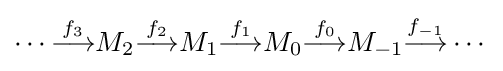
\cdots {\overset {f_{3}}{\longrightarrow }}M_{2}{\overset {f_{2}}{\longrightarrow }}M_{1}{\overset {f_{1}}{\longrightarrow }}M_{0}{\overset {f_{0}}{\longrightarrow }}M_{-1}{\overset {f_{-1}}{\longrightarrow }}\cdots